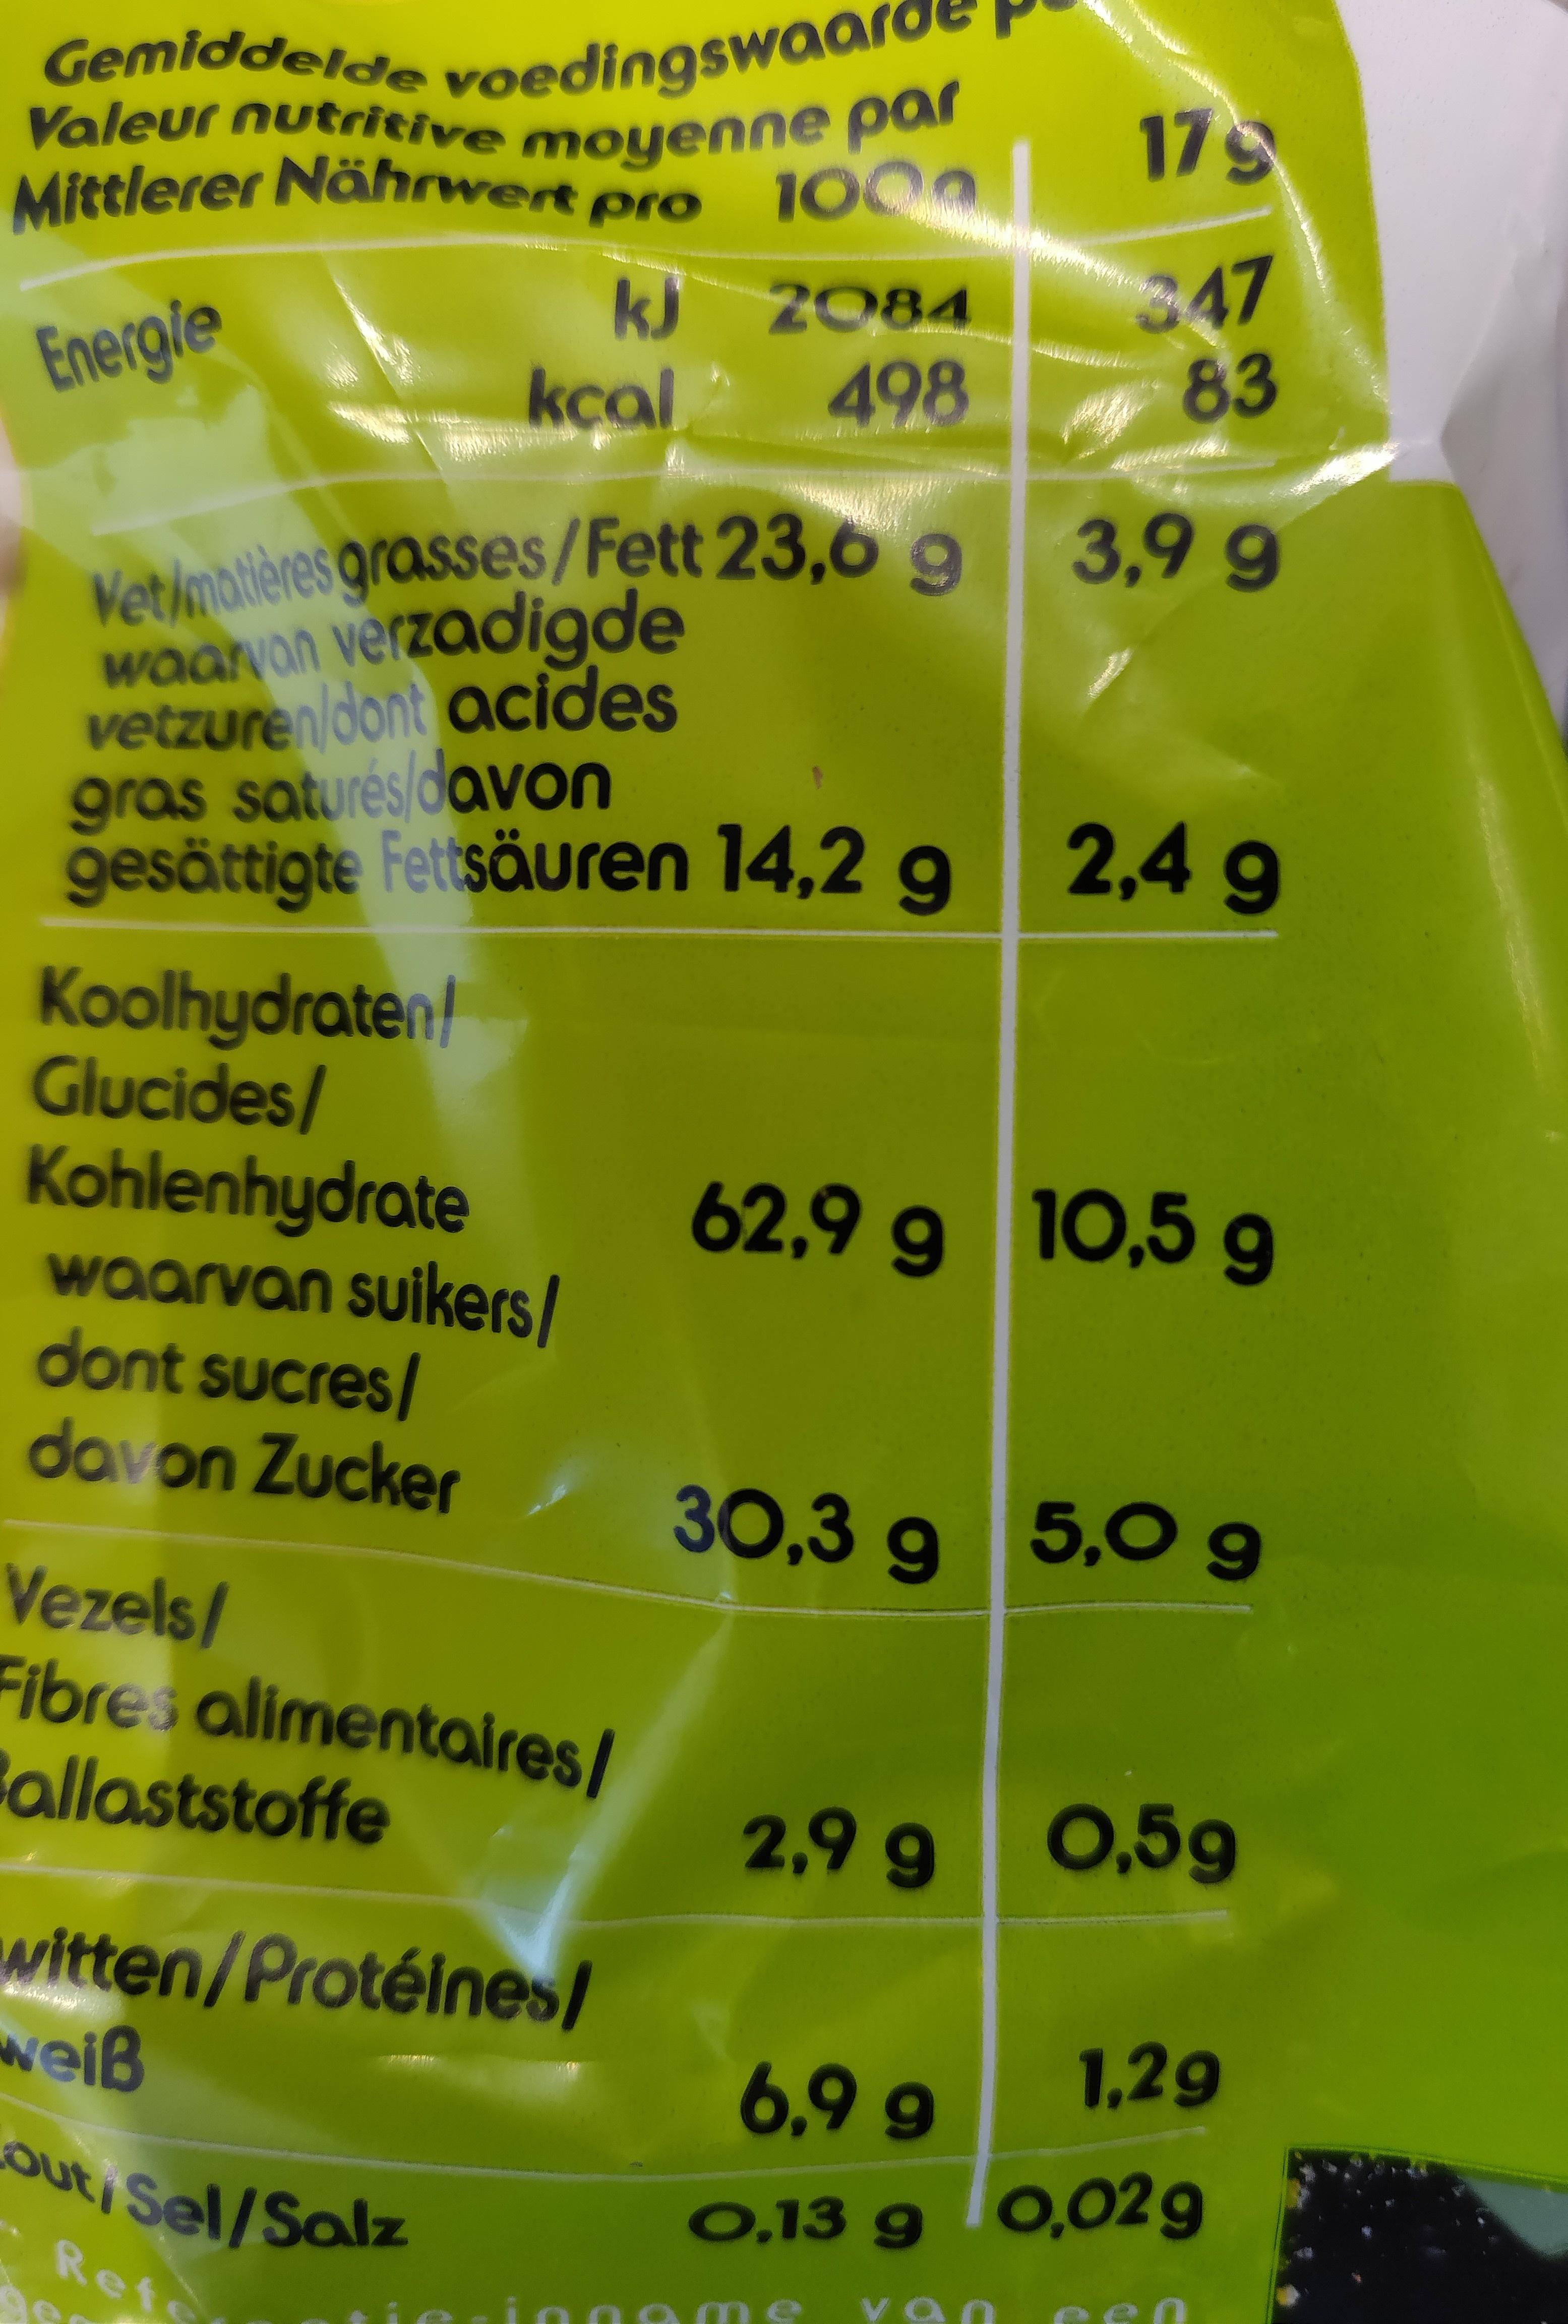
Gemiddelde voedingswaard Valeur nutritive moyenne par Mittlerer Nährwert pro 100
kJ
2084
Energie
kcal
498
Vet/matières grasses/Fett 23,6 9 waarvan verzadigde vetzuren/dont acides gras saturés/davon
gesättigte Fettsäuren 14,2 g 2,4 g
Koolhydraten!
Glucides/
Kohlenhydrate waarvan suikers/
dont sucres/
davon Zucker
Vezels/
Fibres alimentaires/ Ballaststoffe
witten/Protéines/
weiß
out, Sel/Salz
Refe
175
347
83
3,9 g
62,9 g 10,5 g
30,3 g 5,0 9 9
2,9 g 0,59
6.9 9
1,29
O.13 g 0,02 g
Tinnams
var